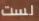
لست